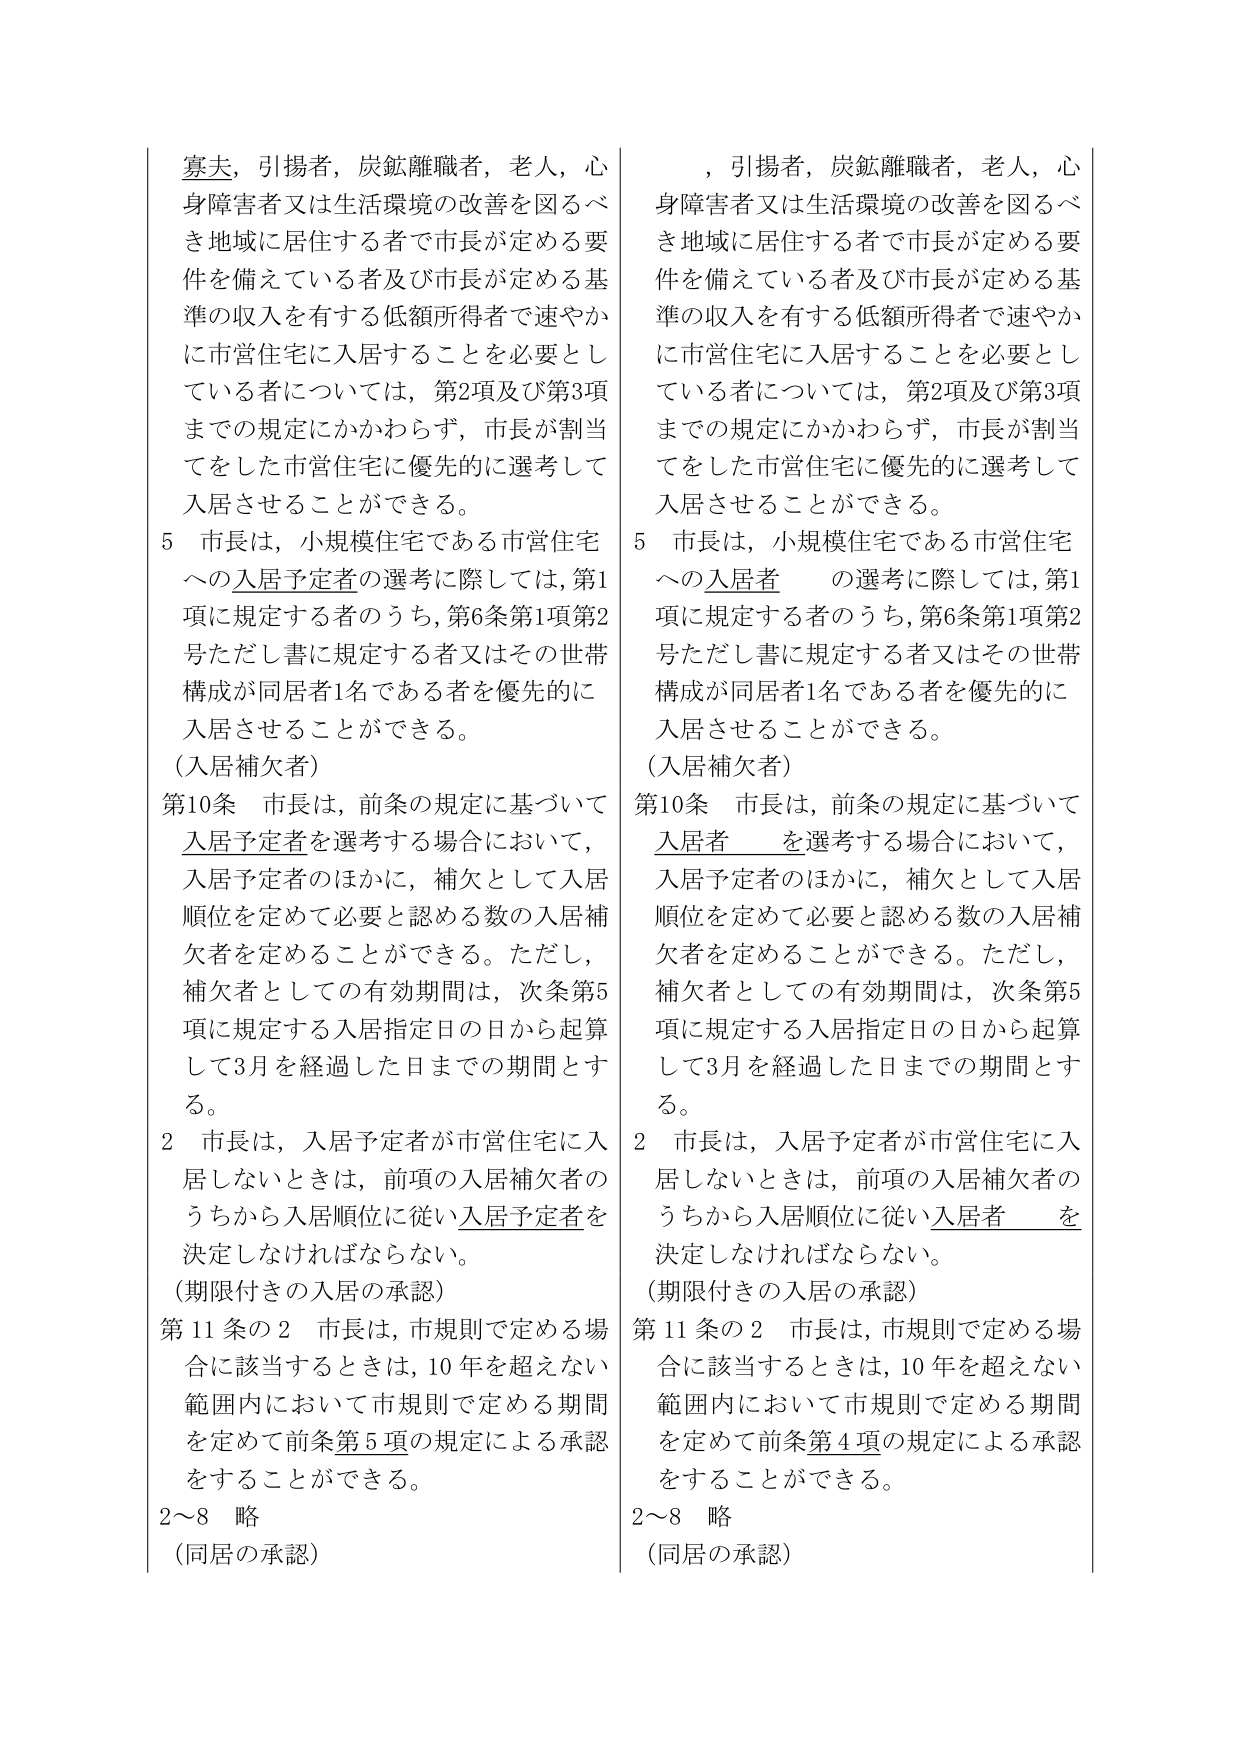
寡夫，引揚者，炭鉱離職者，老人，心身障害者又は生活環境の改善を図るべき地域に居住する者で市長が定める要件を備えている者及び市長が定める基準の収入を有する低額所得者で速やかに市営住宅に入居することを必要としている者については，第2項及び第3項までの規定にかかわらず，市長が割当てをした市営住宅に優先的に選考して入居させることができる。

5 市長は，小規模住宅である市営住宅への入居予定者の選考に際しては，第1項に規定する者のうち，第6条第1項第2号ただし書に規定する者又はその世帯構成が同居者1名である者を優先的に入居させることができる。
（入居補欠者）

第10条 市長は，前条の規定に基づいて入居予定者を選考する場合において，入居予定者のほかに，補欠として入居順位を定めて必要と認める数の入居補欠者を定めることができる。ただし，補欠者としての有効期間は，次条第5項に規定する入居指定日の日から起算して3月を経過した日までの期間とする。

2 市長は，入居予定者が市営住宅に入居しないときは，前項の入居補欠者のうちから入居順位に従い入居予定者を決定しなければならない。
（期限付きの入居の承認）

第11条の2 市長は，市規則で定める場合に該当するときは，10年を超えない範囲内において市規則で定める期間を定めて前条第5項の規定による承認をすることができる。

2～8 略
（同居の承認）

，引揚者，炭鉱離職者，老人，心身障害者又は生活環境の改善を図るべき地域に居住する者で市長が定める要件を備えている者及び市長が定める基準の収入を有する低額所得者で速やかに市営住宅に入居することを必要としている者については，第2項及び第3項までの規定にかかわらず，市長が割当てをした市営住宅に優先的に選考して入居させることができる。

5 市長は，小規模住宅である市営住宅への入居者 の選考に際しては，第1項に規定する者のうち，第6条第1項第2号ただし書に規定する者又はその世帯構成が同居者1名である者を優先的に入居させることができる。
（入居補欠者）

第10条 市長は，前条の規定に基づいて入居者 を選考する場合において，入居予定者のほかに，補欠として入居順位を定めて必要と認める数の入居補欠者を定めることができる。ただし，補欠者としての有効期間は，次条第5項に規定する入居指定日の日から起算して3月を経過した日までの期間とする。

2 市長は，入居予定者が市営住宅に入居しないときは，前項の入居補欠者のうちから入居順位に従い入居者 を決定しなければならない。
（期限付きの入居の承認）

第11条の2 市長は，市規則で定める場合に該当するときは，10年を超えない範囲内において市規則で定める期間を定めて前条第4項の規定による承認をすることができる。

2～8 略
（同居の承認）